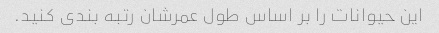
این حیوانات را بر اساس طول عمرشان رتبه بندی کنید.